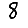
Digit: 8